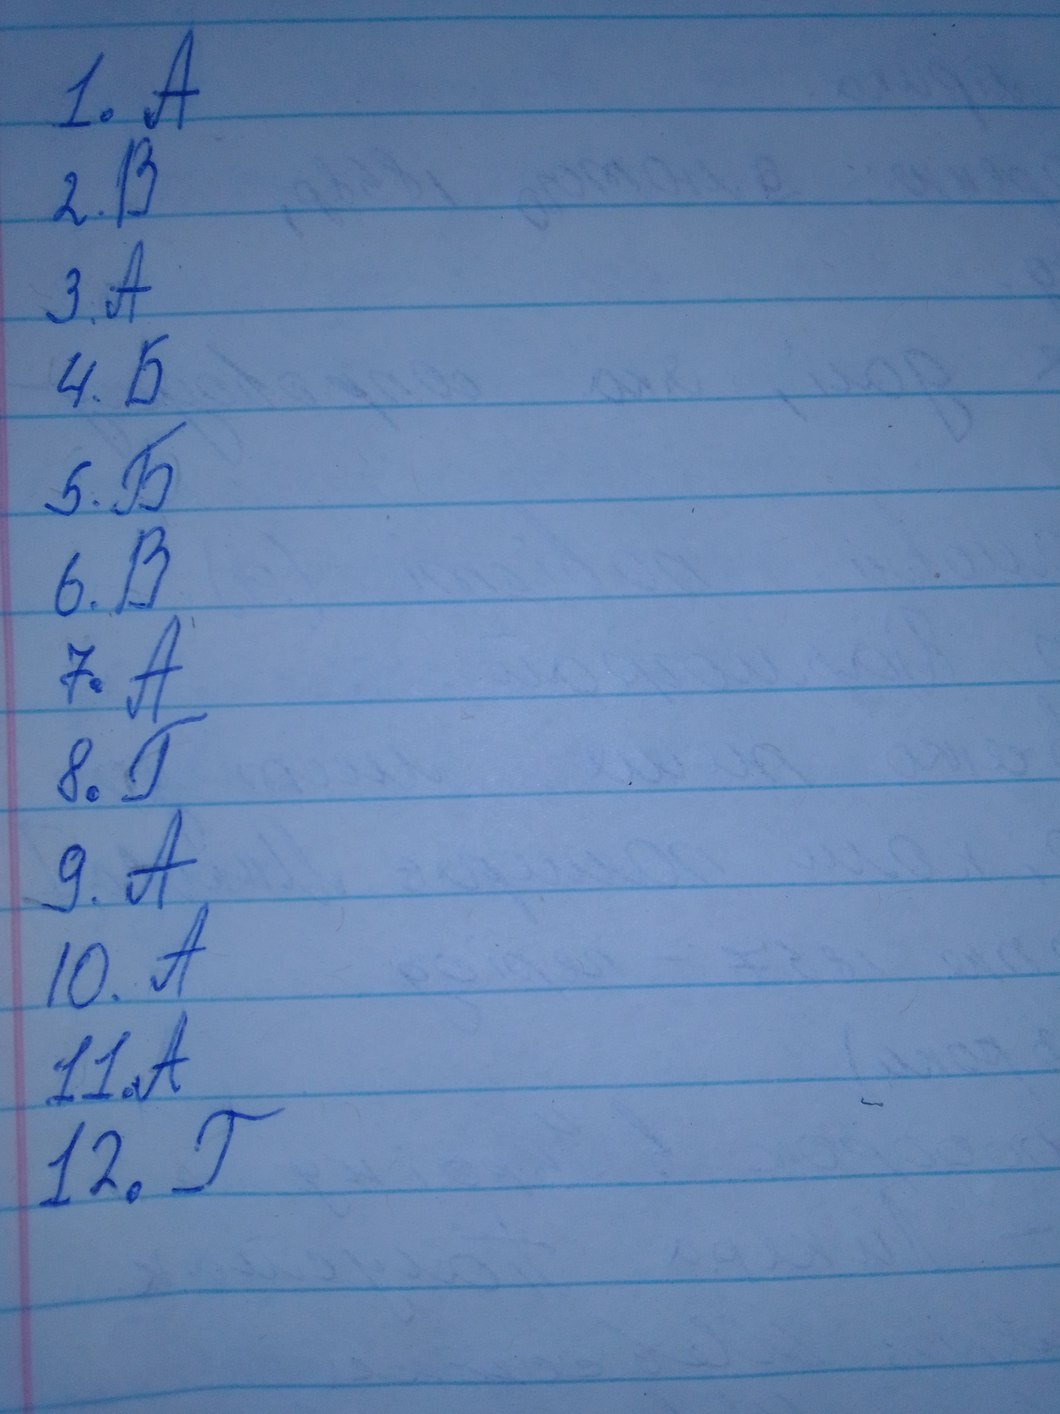
1. A
2. В
3. A
4. Б
5. Б
6. B
7. A
8. Г
9. A
10. A
11.A
12. Г